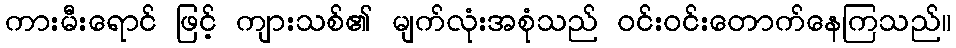
ကားမီးရောင် ဖြင့် ကျားသစ်၏ မျက်လုံးအစုံသည် ဝင်းဝင်းတောက်နေကြသည်။